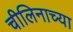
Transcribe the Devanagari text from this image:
चीलिनाच्या